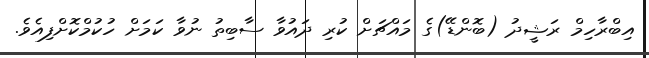
އިބްރާހިމް ރަޝީދު (ބޮންޑޭ)ގެ މައްޗަށް ކުރި ދައުވާ ސާބިތު ނުވާ ކަމަށް ހުކުމްކޮށްފިއެވެ.